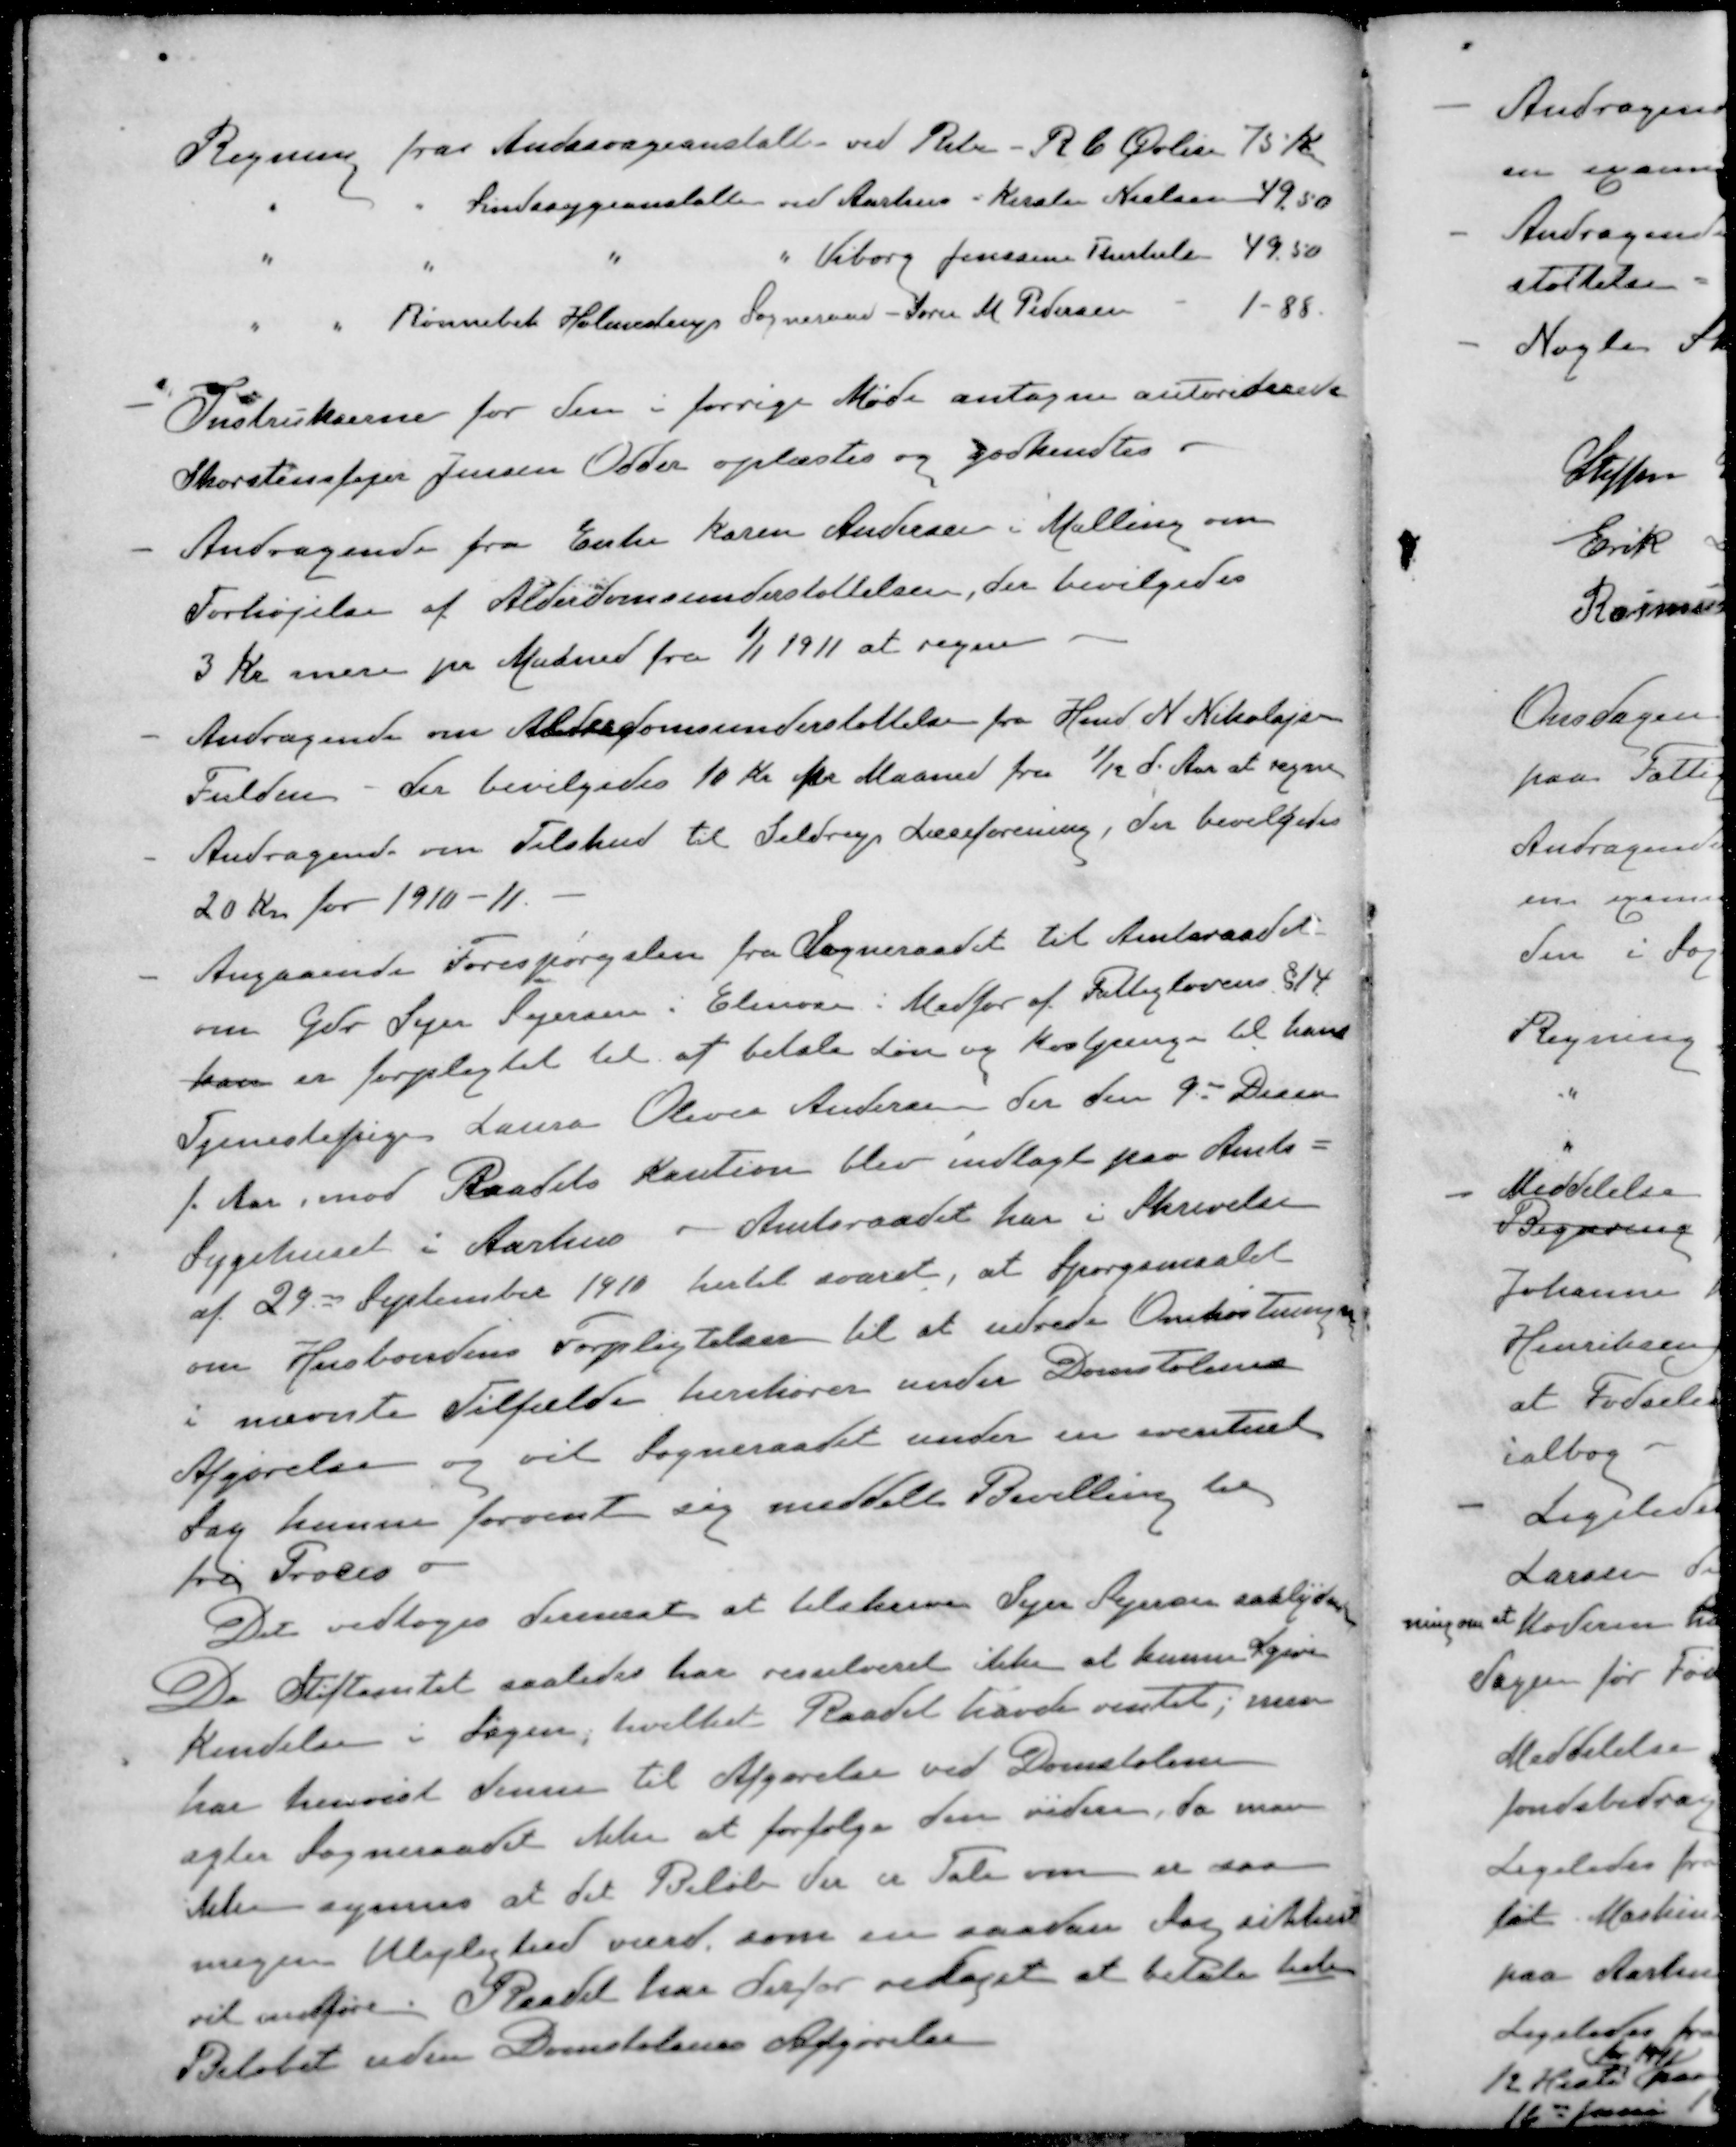
Transskription:
Regning fra Andssvageanstalten ved Ribe - R C Øvlis 75 Kr
" " Sindssygeanstalten ved Aarhus - Kirsten Nielsen 49,50
" " " " Viborg Jenssine Thulesle 49,50
" " Rønnebæk Holmestrup Sogneraad - Søren M Pedersen 1-88.
- Instrukserne for den i forrige Møde antagne autoriderede
Skorstensfejer Jensen Odder oplæstes og godkendtes
- Andragende fra Enke Karen Andersen i Malling om
Forhøjelse af Alderdomsunderstøttelsen, der bevilgedes
3 Kr mere pr Maaned fra 1/1 1911 at regne
- Andragende om Alderdomsunderstøttelse fra Hmd N. Nikolajsen
Fulden - der bevilgedes 10 Kr pr Maaned fra 1/12 d. Aar at regne
- Andragende om Tilskud til Seldrup Læseforening, der bevilgedes
20 Kr for 1910-11.
- Angaaende Forespørgslen fra Sogneraadet til Amtsraadet
om Gdr. Sejr Sejersen i Elmose i Medfør af Fattiglovens §14
kan er forpligtet til at betale Løn og Kostpenge til hans
Tjenestepige Laura Oliver Andersen der den 9de Decem
f. Aar, mod Raadets Kaution blev indlagt paa Amts -
Sygehuset i Aarhus - Amtsraadet har i Skrivelse
af 29 September 1910 hertil svaret, at Spørgsmaalet
om Husbondens Forpligtelser til at udrede Omkostningen
i nævnte Tilfælde henhører under Domstolenes
Afgørelse og vil Sogneraadet under en eventuel
Sag kunne forvente sig meddelt Bevilling til
fri Proces
Det vedtoges dernæst at tilskrive Sejer Sejeren saalydende
Da Stiftamtet saaledes har resulveret ikke at kunne give
kendelse i Sagen, hvilket Raadet havde ventet, men
har henvist denne til Afgørelse ved Domstolene
agter Sogneraadet ikke at forfølge den videre, da man
ikke synes at det Beløb der er Tale om er saa
nogen Ulejlighed værd som en saadan Sag sikkert
vil indføre. Raadet har derfor vedtaget at betale hele
Beløbet uden Domstolens Afgørelse